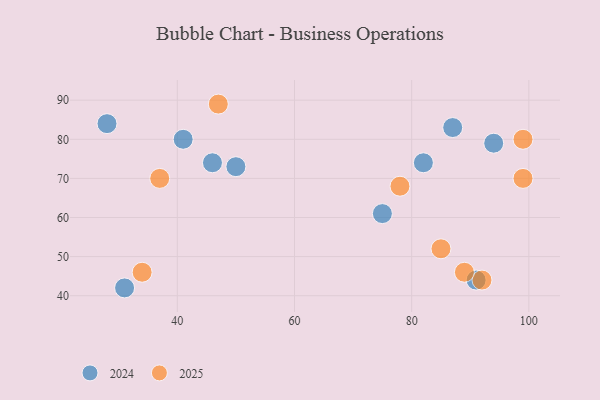
{"axis": {"x": "GDP", "y": "Life Expectancy"}, "legend": ["2024", "2025"], "data": [{"x": "47", "y": 89, "type": "2025"}, {"x": "99", "y": 70, "type": "2025"}, {"x": "92", "y": 44, "type": "2025"}, {"x": "37", "y": 70, "type": "2025"}, {"x": "78", "y": 68, "type": "2025"}, {"x": "99", "y": 80, "type": "2025"}, {"x": "89", "y": 46, "type": "2025"}, {"x": "34", "y": 46, "type": "2025"}, {"x": "85", "y": 52, "type": "2025"}, {"x": "94", "y": 79, "type": "2024"}, {"x": "31", "y": 42, "type": "2024"}, {"x": "87", "y": 83, "type": "2024"}, {"x": "28", "y": 84, "type": "2024"}, {"x": "50", "y": 73, "type": "2024"}, {"x": "41", "y": 80, "type": "2024"}, {"x": "82", "y": 74, "type": "2024"}, {"x": "46", "y": 74, "type": "2024"}, {"x": "75", "y": 61, "type": "2024"}, {"x": "91", "y": 44, "type": "2024"}]}